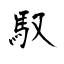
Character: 馭